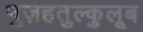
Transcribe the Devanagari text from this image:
नुज़हतुल्कुलूब